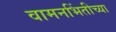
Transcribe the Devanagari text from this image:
वामनभिंतीच्या